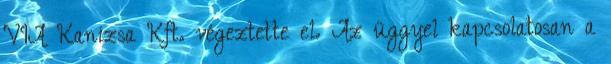
VIA Kanizsa Kft. végeztette el. Az üggyel kapcsolatosan a